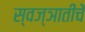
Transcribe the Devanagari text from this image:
स्वज्ञातीचें